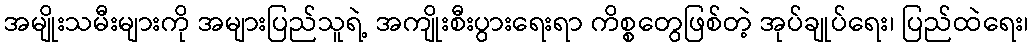
အမျိုးသမီးများကို အများပြည်သူရဲ့ အကျိုးစီးပွားရေးရာ ကိစ္စတွေဖြစ်တဲ့ အုပ်ချုပ်ရေး၊ ပြည်ထဲရေး၊